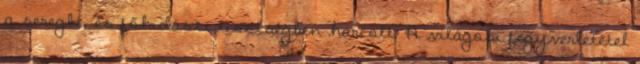
a seregbe, és főhidászi tisztségben harcolt. A világosi fegyverletétel